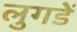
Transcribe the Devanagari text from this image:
लुगडें